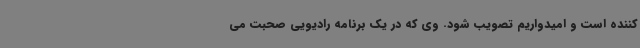
کننده است و امیدواریم تصویب شود. وی که در یک برنامه رادیویی صحبت می